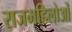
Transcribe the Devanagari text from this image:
राजमहिलोओं